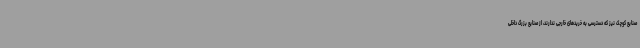
صنایع کوچک نیز که دسترسی به خریدهای خارجی ندارند، از صنایع بزرگ داخلی